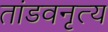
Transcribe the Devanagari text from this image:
तांडवनृत्य